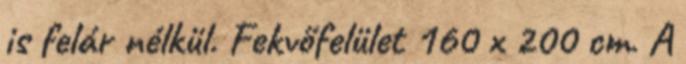
is felár nélkül. Fekvőfelület 160 x 200 cm. A